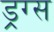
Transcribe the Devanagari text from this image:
ड्रग्‍स